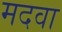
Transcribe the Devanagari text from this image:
मदवा